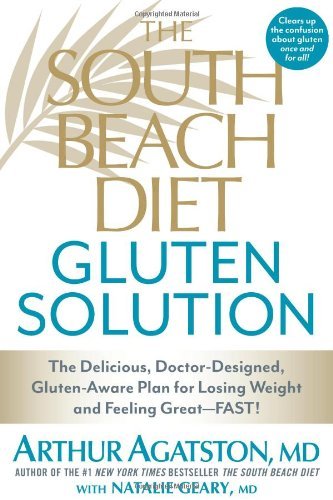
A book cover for By Agatston - South Beach Diet Gluten Solution, The (1st Edition) (3/14/13); Arthur MD Agatston; Health, Fitness & Dieting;